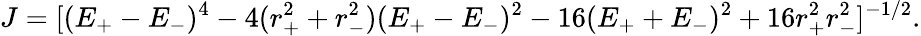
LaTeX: J=[(E_{+}-E_{-})^{4}-4(r_{+}^{2}+r_{-}^{2})(E_{+}-E_{-})^{2}-16(E_{+}+E_{-})^{2}+16r_{+}^{2}r_{-}^{2}]^{-{1/2}}.